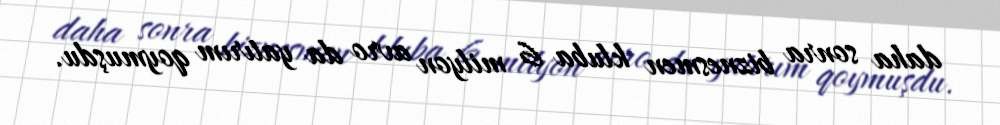
daha sonra biznesmen kluba 6 milyon avro da yatırım qoymuşdu.